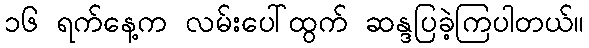
၁၆ ရက်နေ့က လမ်းပေါ်ထွက် ဆန္ဒပြခဲ့ကြပါတယ်။